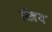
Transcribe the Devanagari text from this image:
स्त्रिय